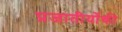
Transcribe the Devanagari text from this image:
प्रजातीयोंकी